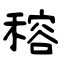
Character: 穃